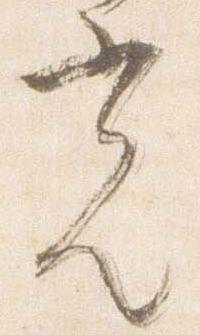
光